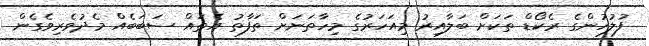
ފުލުހުންގެ ރެކޯޑް ތަކަށް ބަލާއިރު މިއަހަރުގެ މިހާތަނަށް ތަފާތު އެތައް ސަބަބެއް މެދުވެރިވެގެން